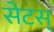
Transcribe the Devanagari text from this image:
सेटस्